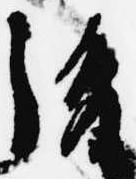
後